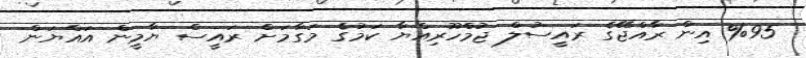
%95 އިން ރާއްޖޭގެ ރައީސުލް ޖުމްހޫރިއްޔާ ކަމުގެ މަގާމަށް ރައީސް ޔާމީން އައްޔަން